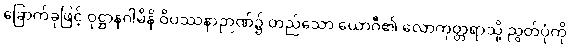
ခြောက်ခုဖြင့် ဝုဋ္ဌာနဂါမိနိ ဝိပဿနာဉာဏ်၌ တည်သော ယောဂီ၏ လောကုတ္တရာသို့ ညွတ်ပုံကို